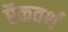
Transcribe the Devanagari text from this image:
ऍकवर्थ